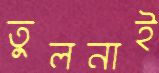
তুলনাই